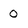
Character: 0